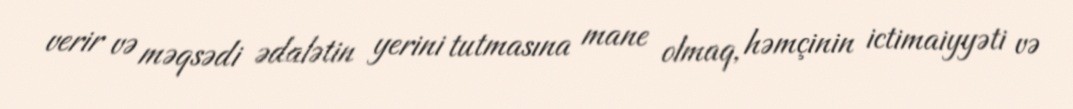
verir və məqsədi ədalətin yerini tutmasına mane olmaq, həmçinin ictimaiyyəti və